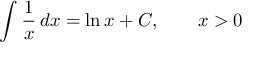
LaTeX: \int { \frac { 1 } { x } } \, d x = \ln x + C , \qquad x > 0